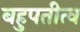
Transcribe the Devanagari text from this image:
बहुपतीत्व